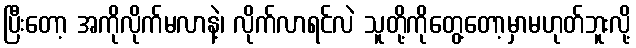
ပြီးတော့ အကိုလိုက်မလာနဲ့၊ လိုက်လာရင်လဲ သူတို့ကိုတွေ့တော့မှာမဟုတ်ဘူးလို့